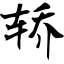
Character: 轿